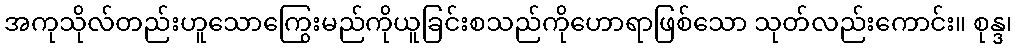
အကုသိုလ်တည်းဟူသောကြွေးမည်ကိုယူခြင်းစသည်ကိုဟောရာဖြစ်သော သုတ်လည်းကောင်း။ စုန္ဒ၊